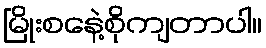
မြိုးစနေဲ့စိုကျတာပါ။